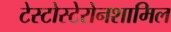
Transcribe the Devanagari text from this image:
टेस्टोस्टेरोनशामिल